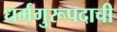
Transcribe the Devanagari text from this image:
धर्मगुरूपदाची